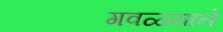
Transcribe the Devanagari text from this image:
गवळ्याने